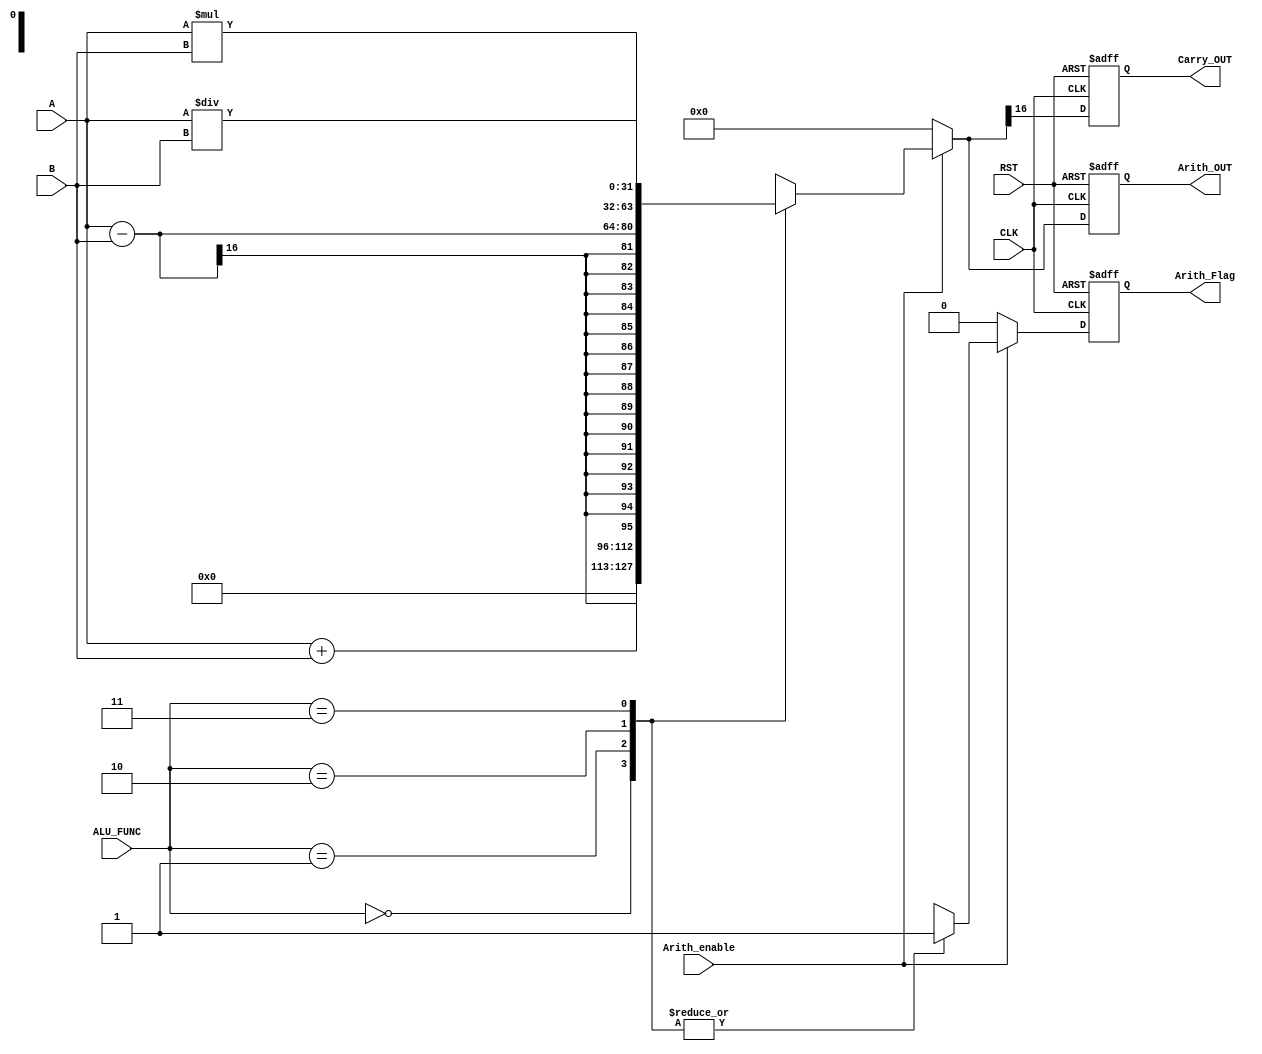
module ARITHMETIC_UNIT 

#( parameter IN_DATA_WIDTH = 16,
             OUT_DATA_WIDTH = 32
)

(
input  wire [IN_DATA_WIDTH-1:0]   A   ,
input  wire [IN_DATA_WIDTH-1:0]   B   ,
input  wire [1:0]                 ALU_FUNC ,
input  wire                       CLK ,
input  wire                       RST ,
input  wire                       Arith_enable ,
output reg                        Carry_OUT,
output reg [OUT_DATA_WIDTH-1:0]   Arith_OUT,
output reg                        Arith_Flag
);

//internal signals
reg [OUT_DATA_WIDTH-1:0]  Arith_OUT_comb  ;
reg                       Arith_Flag_comb ;
wire                      Carry_OUT_comb  ;

//sequential always
always @ (posedge CLK or negedge RST)
 begin 
   if (!RST)
     begin
      Arith_OUT  <= 'b0 ;
      Carry_OUT  <= 'b0 ;	
      Arith_Flag <= 'b0 ;		  
	 end
   else
     begin   
      Arith_OUT  <= Arith_OUT_comb ;
      Carry_OUT  <= Carry_OUT_comb ;
      Arith_Flag <= Arith_Flag_comb ;
	 end
 end		

//combinational always	
always @ (*)
 begin 
    Arith_OUT_comb = 1'b0 ;
    Arith_Flag_comb = 1'b0 ;
	if(Arith_enable)
      case (ALU_FUNC)
      2'b00 : begin
              Arith_OUT_comb = A + B ;
              Arith_Flag_comb = 1'b1 ;              
		      end
      2'b01 : begin
              Arith_OUT_comb = A - B ;
              Arith_Flag_comb = 1'b1 ;           
		      end
      2'b10 : begin
              Arith_OUT_comb = A * B ;
              Arith_Flag_comb = 1'b1 ;           
		      end
      2'b11 : begin
              Arith_OUT_comb = A / B ;
              Arith_Flag_comb = 1'b1 ;           
		      end
      endcase
	else
	 begin
      Arith_OUT_comb = 'b0 ;
      Arith_Flag_comb = 1'b0 ;
     end
 end
 
//carry
assign Carry_OUT_comb = Arith_OUT_comb [IN_DATA_WIDTH] ;
 
 endmodule